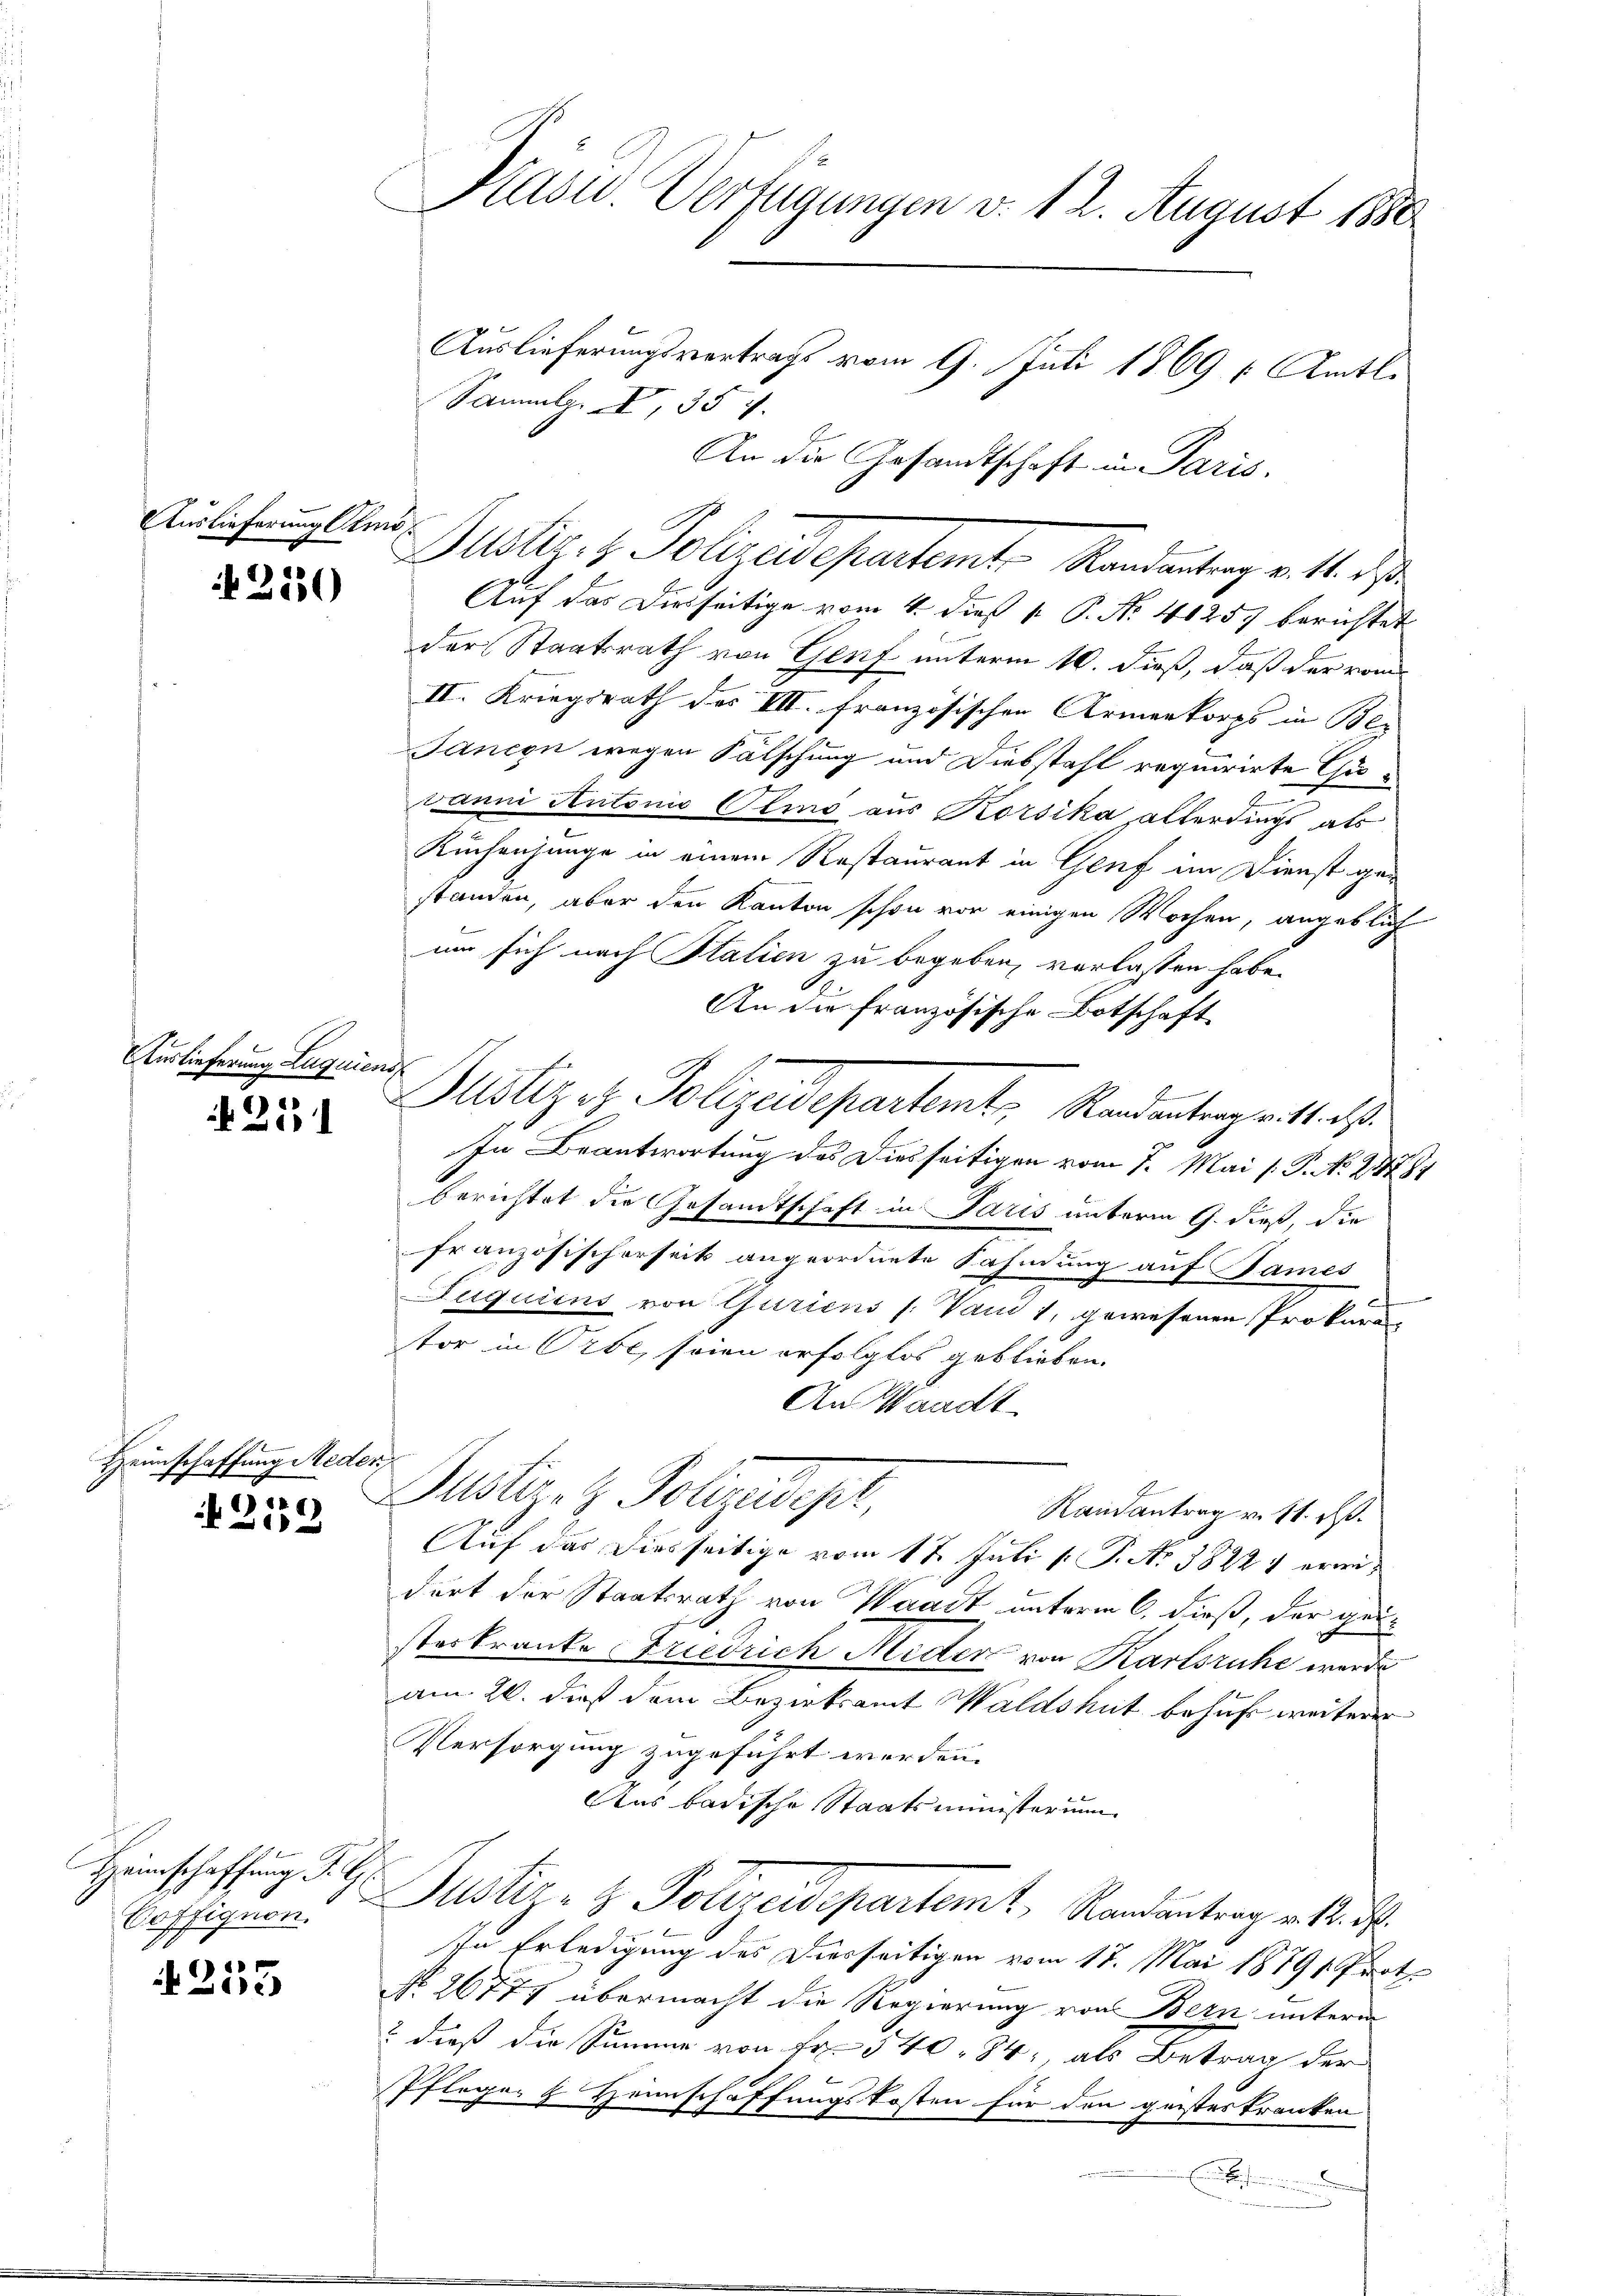
Auslieferung Almo

42550

Auslieferung Luquiens

b. 253

Heimschaffung Meder,
1

2

Heinschaffung Fr. G.
Coffignon.
2.

4255

Präsid. Verfügungen v. 12. August 1880
Auslieferungsvertrags vom 9. Juli 1869 [Amtl.

Sammlg. XI, 35 f.
An die Gesandtschaft in Paris.
Puster z. Polizeidepartamt Randantrag v. 16. d
Auf das Dieseitige vom 4. dieß 1. P. Nr. 41257 berichtet
der Staatsrath von Genf unterm 10. dieß, daß der vom
II. Kriegsrath des III. französischen Armenkorps in Be-
Jancon wegen Fälschung und Diebstahl requirirte Gu¬
E
Janni Antonio Otio aus Korsika allerdings als
Kuchausunge in einem Restaurant in Genf im Dienst ge-
standen, aber den Kanton schon von einigen Wochen, angeblich
um sich nach Italien zu begeben, verlassen habe.
An die Französische Botschaft
b
Justiz et Polizeidepartemt, Randentrags 11. d.
In Beantwortung des Diesseitigen vom 7. Mai /: P. No 21781
berichtet die Gesandtschaft in Paris unterm 9. dieß, die
französischerseit angeordnete Fahndung auf Sames
e
Fuquiens von Guriens (: Von 1, gewesenen Prokur
tor in Orte, seien erfolglos geblieben.
An Waadt
Justiz- & Pollzusept.
Randantrag v. 11. ds.
Auf das diesseitige vom 1t Juli [ P. Nr. 38221 erwidort der Staatsrath von Waadt unterm 6. dieß, der gelsterkranke Friedrich Nieder von Karlsruhe werde
am 26. dieß dem Bezirksamt Waldshut behuf weiterer
Versorgung zugeführt werden.
Aas badische Staatsministerium
Justiz- & Polizeidepartemt, Randantrag v. M. D.
In Erledigung des Diesseitigen vom 17. Mai 18791. Prot.
No. 26777 übermacht die Regierung von Bern unterm
? dieß die Summer von Fr. 540. 84, als Betrag der
Pfleger & Heimschaffungskosten für den geisteskranken
e
n
n